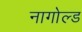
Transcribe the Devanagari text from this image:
नागोल्ड